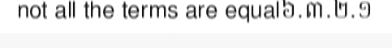
not all the terms are equal៦.៣.២.១